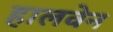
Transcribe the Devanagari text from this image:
हालवेन